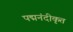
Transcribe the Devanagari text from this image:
पद्मनंदीकृत